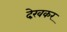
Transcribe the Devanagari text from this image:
देख़कर